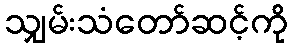
သျှမ်းသံတော်ဆင့်ကို